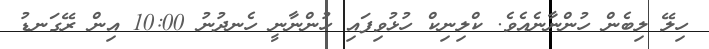
ހިލޭ ލިބެން ހުންނާނެއެވެ. ކްލިނިކް ހުޅުވިފައި ހުންނާނީ ހެނދުނު 10:00 އިން ރޭގަނޑު